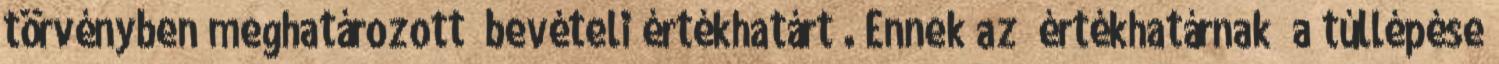
törvényben meghatározott „bevételi értékhatárt”. Ennek az „értékhatárnak” a túllépése